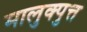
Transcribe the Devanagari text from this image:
मालुक्पुत्त